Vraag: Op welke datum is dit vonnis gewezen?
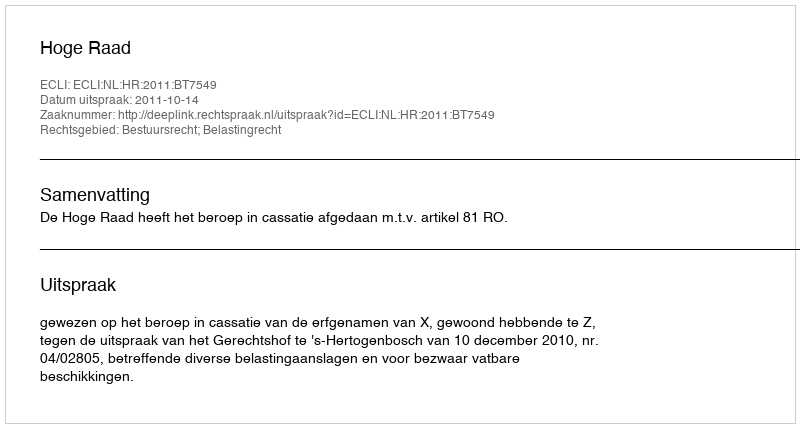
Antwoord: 2011-10-14